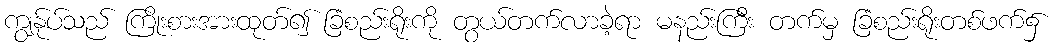
ကျွန်ုပ်သည် ကြိုးစားအားထုတ်၍ ခြံစည်းရိုးကို တွယ်တက်လာခဲ့ရာ မနည်းကြီး တက်မှ ခြံစည်းရိုးတစ်ဖက်၌